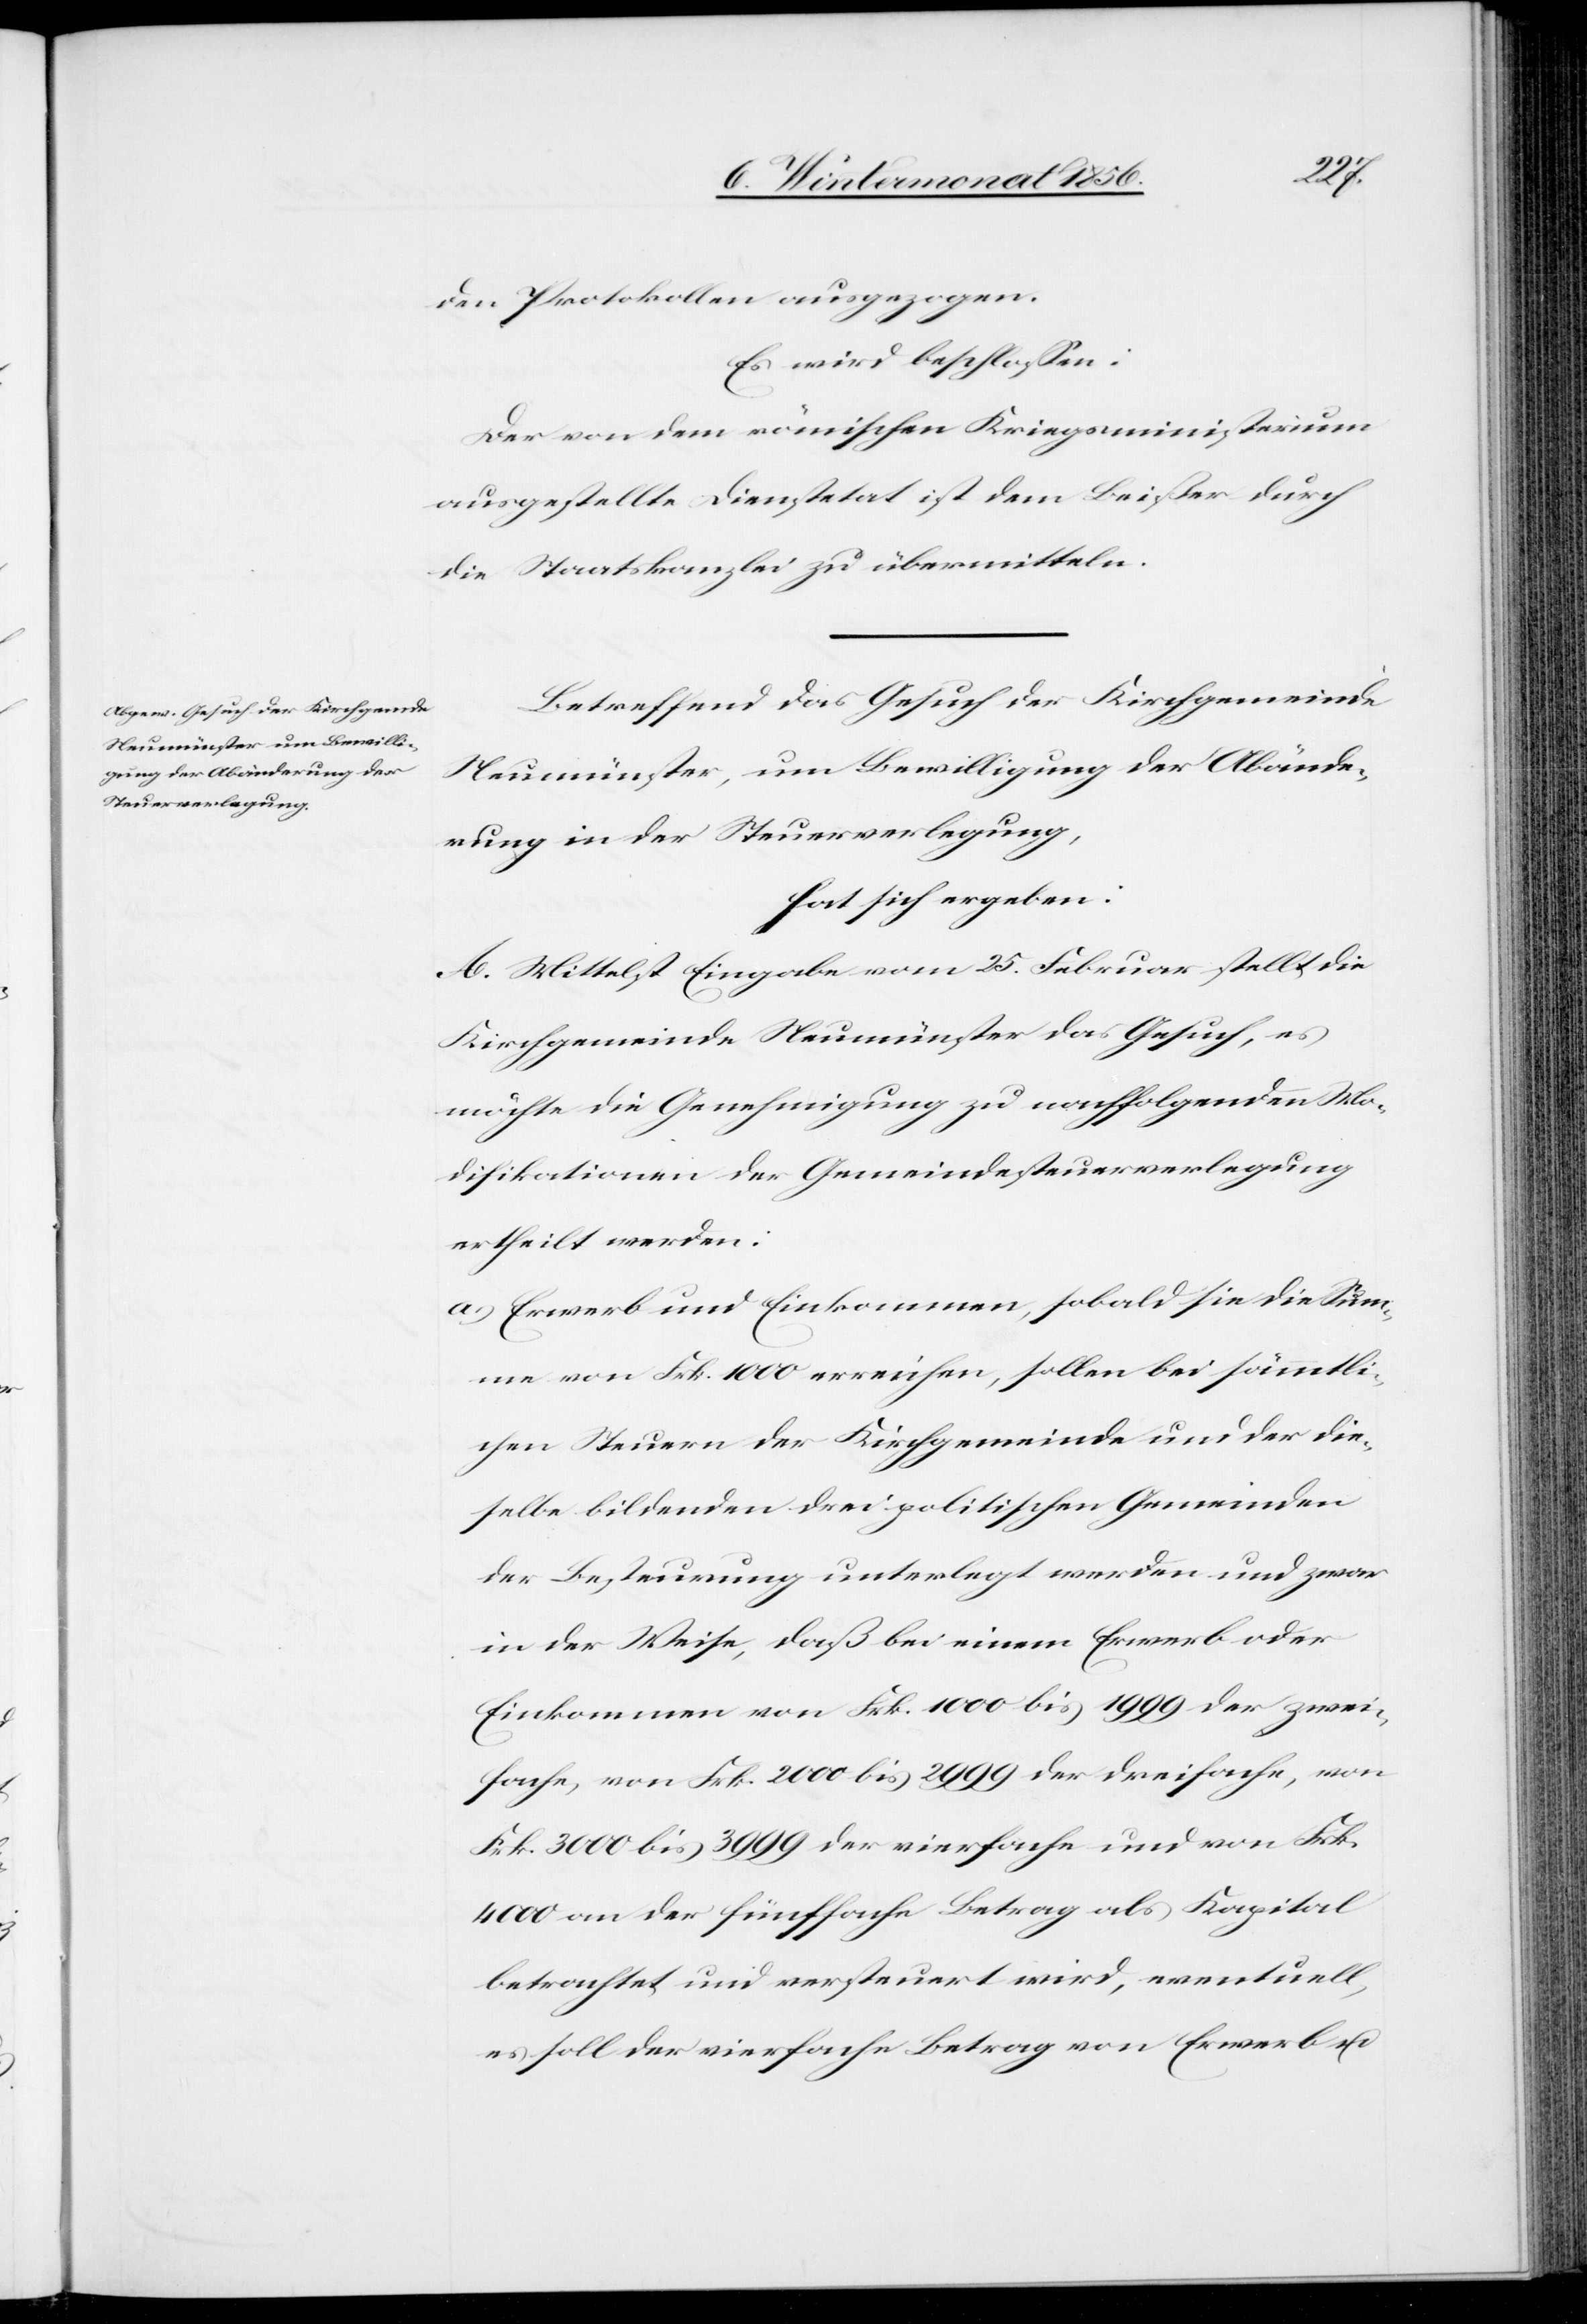
den Protokollen ausgezogen.
Es wird beschlossen:
Der von dem römischen Kriegsministerium
ausgestellte Dienstetat ist dem Beißer durch
die Staatskanzlei zu übermitteln.
Betreffend das Gesuch der Kirchgemeinde
Neumünster, um Bewilligung der Abände¬
rung in der Steuerverlegung,
hat sich ergeben:
A. Mittelst Eingabe vom 25. Februar stellt die
Kirchgemeinde Neumünster das Gesuch, es
möchte die Genehmigung zu nachfolgenden Mo¬
difikationen der Gemeindesteuerverlegung
ertheilt werden:
a) Erwerb und Einkommen, sobald sie die Sum¬
me von Frk. 1000 erreichen, sollen bei sämmtli¬
chen Steuern der Kirchgemeinde und der die¬
selbe bildenden drei politischen Gemeinden
der Besteurung unterlegt werden und zwar
in der Weise, daß bei einem Erwerb oder
Einkommen von Frk. 1000 bis 1999 der zwei¬
fache, von Frk. 2000 bis 2999 der dreifache, von
Frk. 3000 bis 3999 der vierfache und von Frk.
4000 an der fünffache Betrag als Kapital
betrachtet und versteuert wird, eventuell,
es soll der vierfache Betrag von Erwerb u.